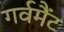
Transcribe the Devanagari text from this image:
गर्वमैंट